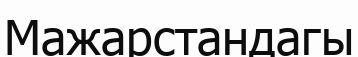
Мажарстандагы